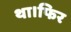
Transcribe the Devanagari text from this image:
था।फिर